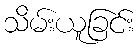
သိမ်းယူခြင်း